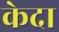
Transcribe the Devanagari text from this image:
केदा